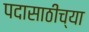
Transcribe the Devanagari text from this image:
पदासाठीच्या